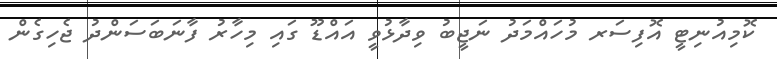
ކޮމިއުނިޓީ އޮފިސަރ މުހައްމަދު ނަޖީބު ވިދާޅުވީ އައްޑޫ ގައި މިހާރު ފާނަބަސަންދު ޖެހިގެން